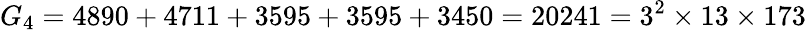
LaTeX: G_{4}=4890+4711+3595+3595+3450=20241=3^{2}\times 13\times 173